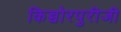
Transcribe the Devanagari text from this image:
किच्चोरपुरीजी